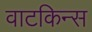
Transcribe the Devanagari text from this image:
वाटकिन्स